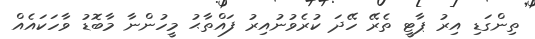
ތިންގަޑި އިރު ޕާޓީ ތެރޭ ހޭދަ ކުރެވުނުއިރު ފައްތާޙު މީހުންނާ މާބޮޑު ވާހަކައެއް